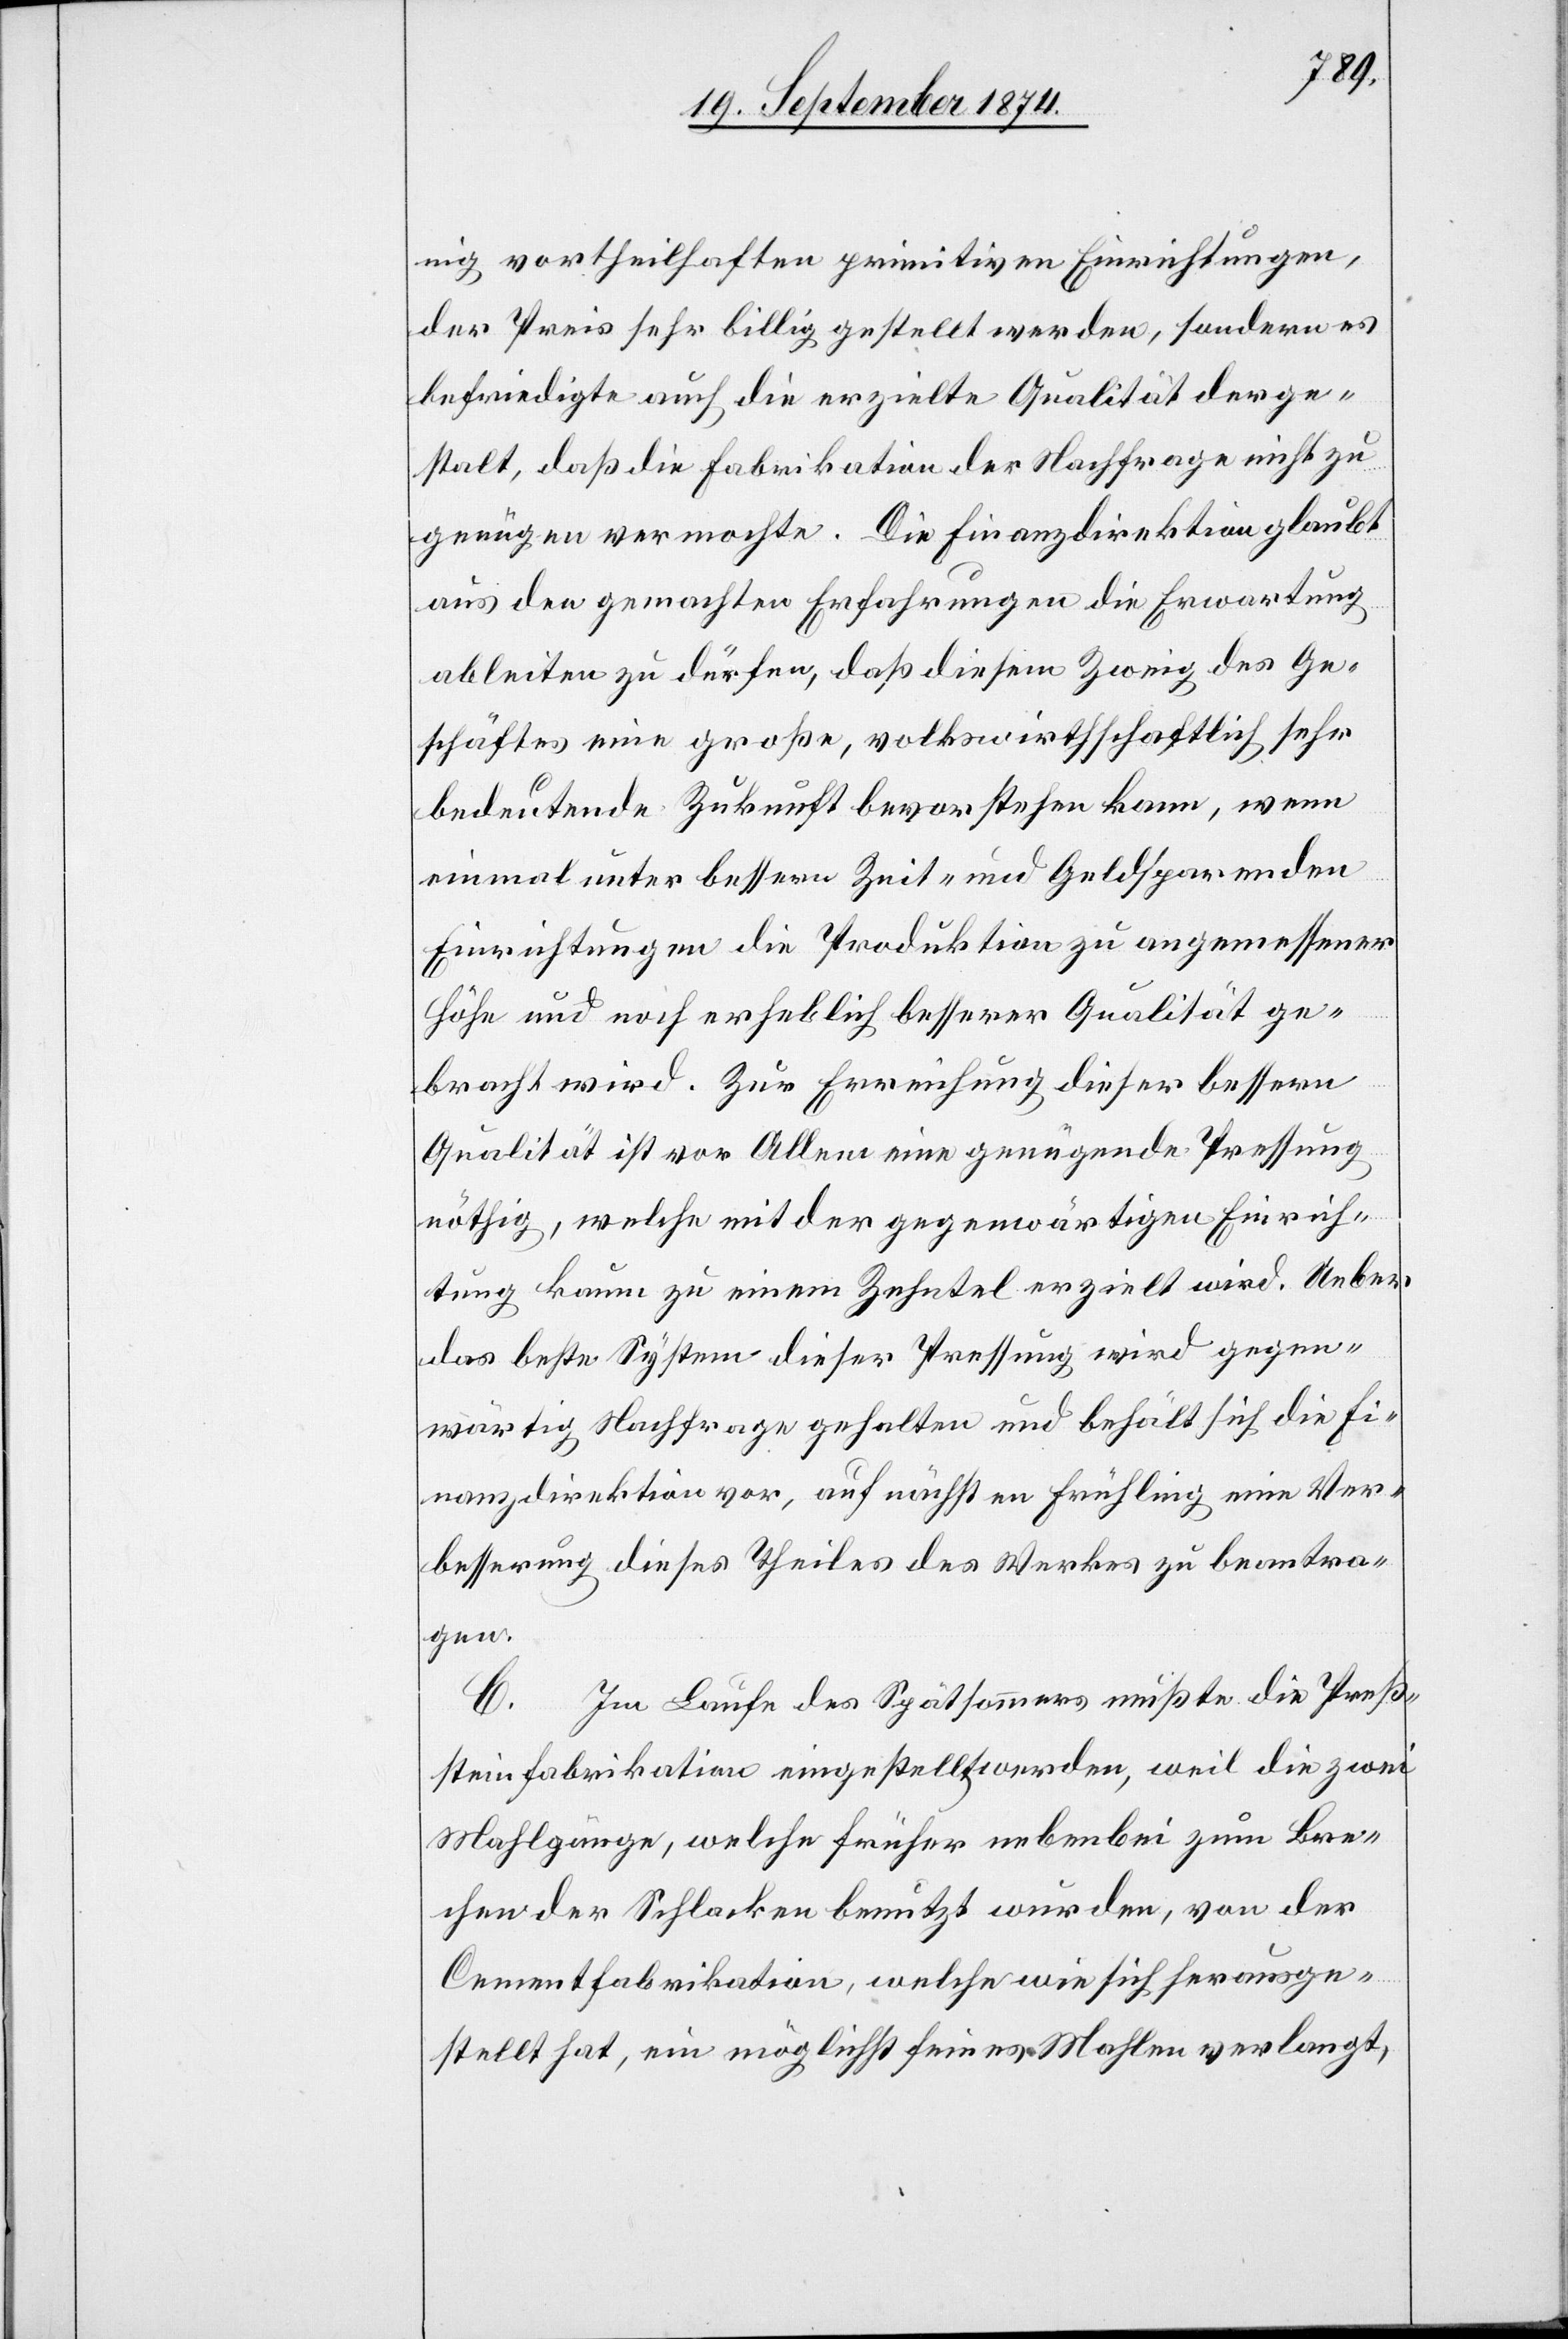
nig vortheilhaften primitiven Einrichtung,
der Preis sehr billig gestellt werden, sondern es
befriedigte auch die erzielte Qualität derge¬
stalt, daß die Fabrikation der Nachfrage nicht zu
genügen vermochte. Die Finanzdirektion glaubt
aus den gemachten Erfahrungen die Erwartung
ableiten zu dürfen, daß diesem Zweig des Ge¬
schäftes eine große, volkswirthschafltich sehr
bedeutende Zukunft bevorstehen kann wenn
einmal unter bessern Zeit- und Geldsparenden
Einrichtungen die Produktion zu angemessener
Höhe und noch erheblich besserer Qualität ge¬
bracht wird. Zur Erreichung dieser bessern
Qualität ist vor Allem eine genügende Pressung
nöthig, welche mit der gegenwärtigen Einrich¬
tung kaum zu einem Zehntel erzielt wird. Ueber
das beste System dieser Pressung wird gegen¬
wärtig Nachfrage gehalten und behält sich die Fi¬
nanzdirektion vor, auf nächsten Frühling eine Ver¬
besserung dieses Theiles des Werkes zu beantra¬
gen.
C. Im Laufe des Spätsommers mußte die Preß¬
steinfabrikation eingestellt werden, weil die zwei
Mahlgänge, welche früher nebenbei zum Bre¬
chen der Schlacken benutzt wurden, von der
Cementfabrikation, welche wie sich herausge¬
stellt hat, ein möglichst feines Mahlen verlangt,